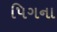
પિગના